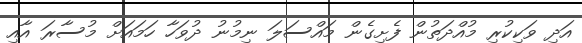
އަދި ވަކިކުރި މުއްދަތުން ފެށިގެން މައްސަލަ ނިމުނު ދުވަހާ ހަމައަށް މުސާރަ އާއި